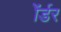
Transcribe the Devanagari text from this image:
ॲर्डर